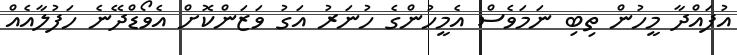
އުފައްދާ މީހުން ތިބި ނަމަވެސް އެމީހުންގެ ހުނަރު އަގު ވަޒަންކޮށް އެވޯޑްދޭނެ ހަފުލާއެއް